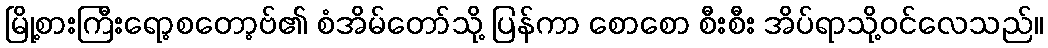
မြို့စားကြီးရော့စတော့ဗ်၏ စံအိမ်တော်သို့ ပြန်ကာ စောစော စီးစီး အိပ်ရာသို့ဝင်လေသည်။